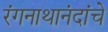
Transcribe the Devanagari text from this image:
रंगनाथानंदांचे